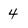
Character: 4